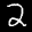
Label: 2